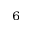
^ { 6 }